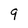
Character: 9